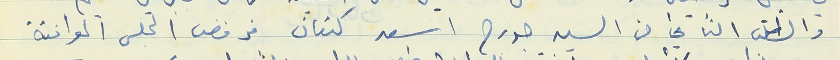
والطلب الثاني من السيد جورج اسعد كنعان فرفض المجلس الموافقة